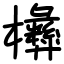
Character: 㰘